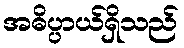
အဓိပ္ပာယ်ရှိသည်